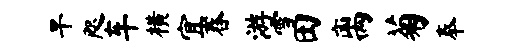
旱咫车横宜舂游雪田离菊奉